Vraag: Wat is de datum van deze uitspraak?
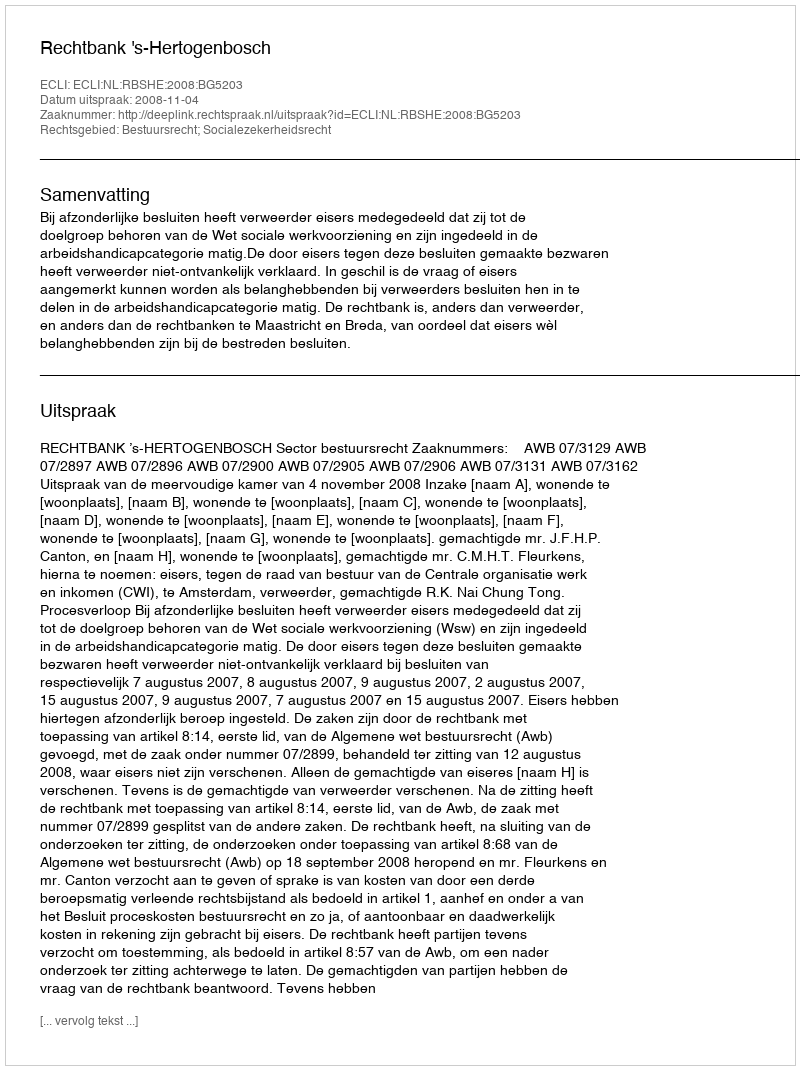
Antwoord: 2008-11-04